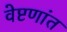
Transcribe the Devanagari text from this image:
वेष्टणांत